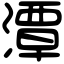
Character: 潭